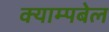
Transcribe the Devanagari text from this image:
क्याम्पबेल